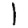
Digit: 1